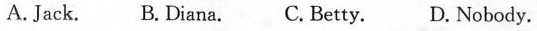
A. Jack. B.Diana. C.Betty. D. Nobody.